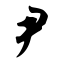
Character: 尹